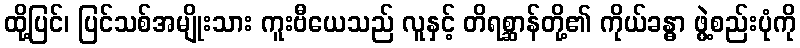
ထို့ပြင်၊ ပြင်သစ်အမျိုးသား ကူးဗီယေသည် လူနှင့် တိရစ္ဆာန်တို့၏ ကိုယ်ခန္ဓာ ဖွဲ့စည်းပုံကို